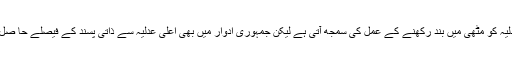
طالع آزماؤں کے دور میں عدلیہ کو مٹھی میں بند رکھنے کے عمل کی سمجھ آتی ہے لیکن جمہوری ادوار میں بھی اعلی عدلیہ سے ذاتی پسند کے فیصلے حا صل کرنا سمجھ سے بالا تر ہے۔